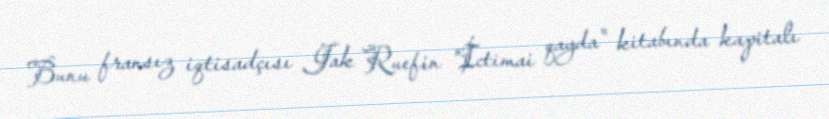
Bunu fransız iqtisadçısı Jak Ruefin "İctimai qayda" kitabında kapitalı